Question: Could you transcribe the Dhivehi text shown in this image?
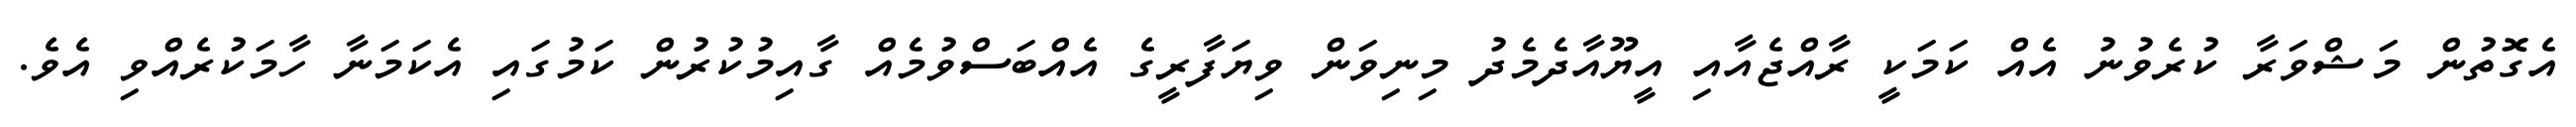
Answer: އެގޮތުން މަޝްވަރާ ކުރެވުނު އެއް ކަމަކީ ރާއްޖެއާއި އީޔޫއާދެމެދު މިނިވަން ވިޔަފާރީގެ އެއްބަސްވުމެއް ގާއިމުކުރުން ކަމުގައި އެކަމަނާ ހާމަކުރެއްވި އެވެ.